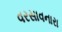
વરસાવનારા